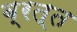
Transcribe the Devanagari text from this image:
ब्रत्त